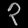
Digit: ၃